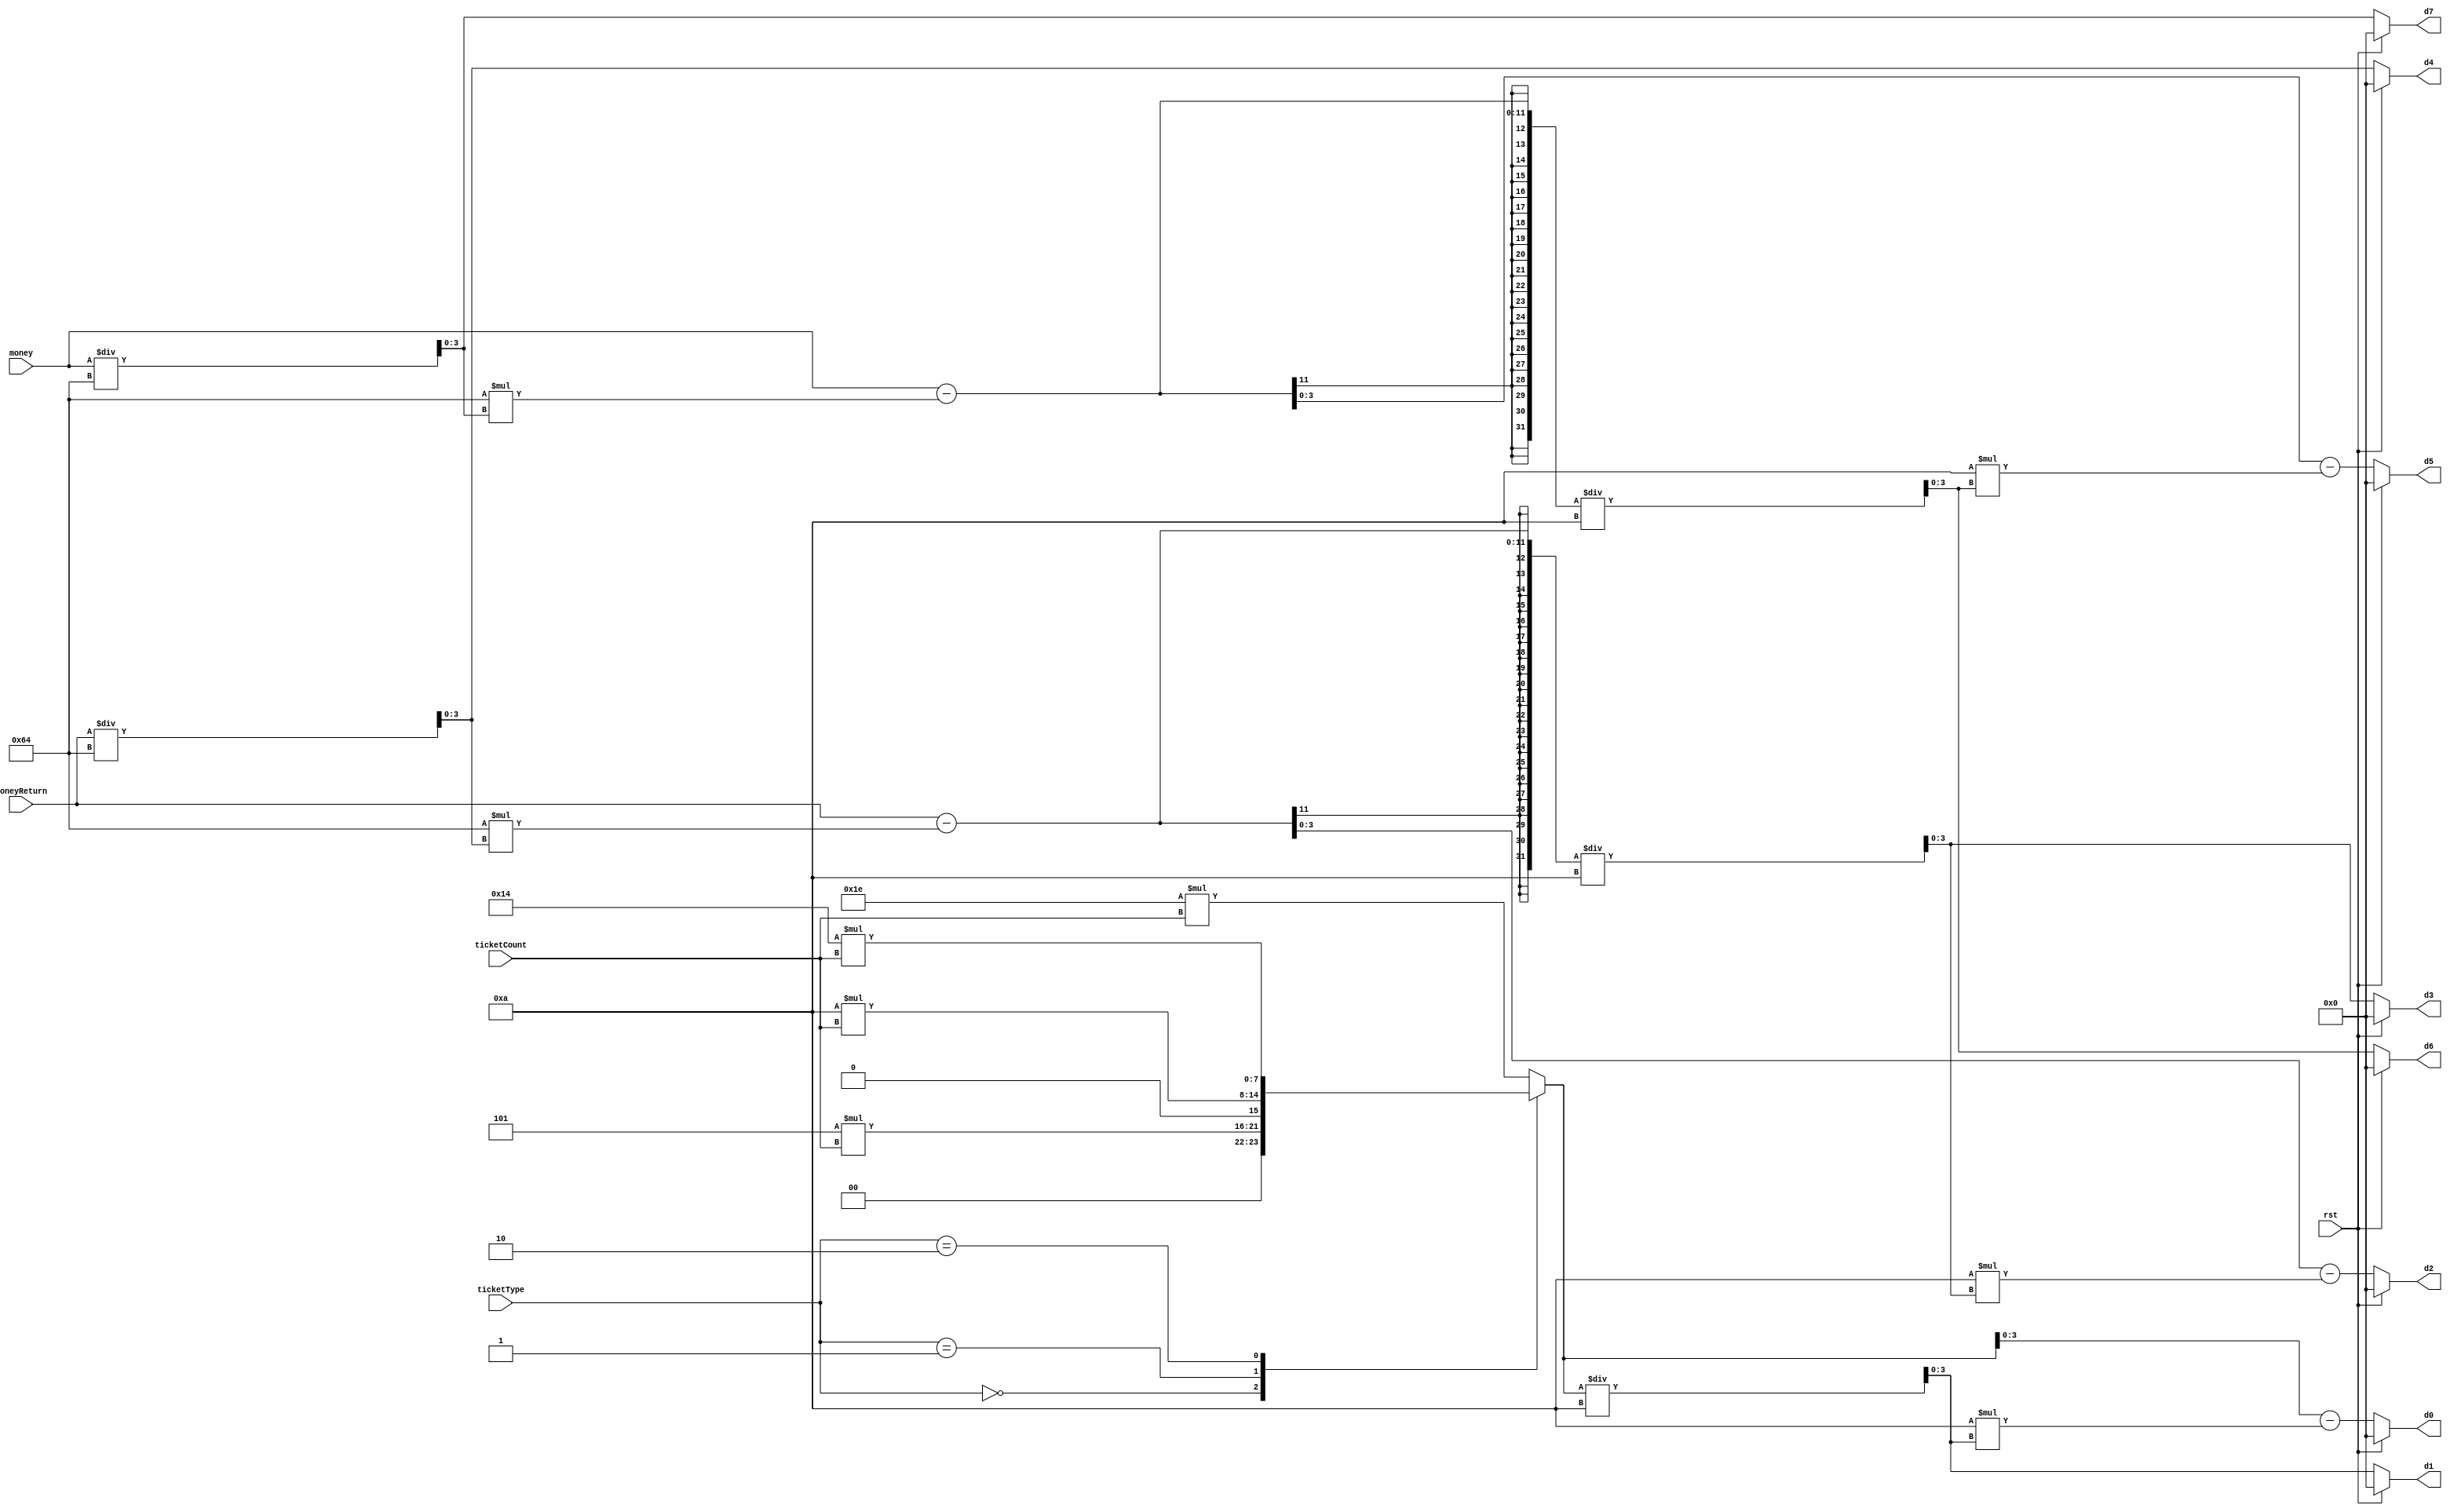
`timescale 1ns / 1ps
//////////////////////////////////////////////////////////////////////////////////
// Company: 
// Engineer: 
// 
// Design Name: 
// Module Name: money_scan
// Project Name: 
// Target Devices: 
// Tool Versions: 
// Description: 
// 
// Dependencies: 
// 
// Revision:
// Revision 0.01 - File Created
// Additional Comments:
// 
//////////////////////////////////////////////////////////////////////////////////


module money_scan(
    input [7:0] money,//
    input [2:0] ticketType,ticketCount,//    
    input [7:0] moneyReturn,// 
    input rst,
    output [3:0] d7,d6,d5,d4,d3,d2,d1,d0//
    );
    reg [3:0] dd7,dd6,dd5,dd4,dd3,dd2,dd1,dd0;
        
    reg [7:0] ticketSum;
    
    always@(*)
    begin
        case(ticketType)
            3'b000:begin
                ticketSum=5*ticketCount;
                end
            3'b001:begin
                ticketSum=10*ticketCount;
                end
            3'b010:begin
                ticketSum=20*ticketCount;
                end
            3'b011:begin
                ticketSum=30*ticketCount;
                end
            default:
                ticketSum=30*ticketCount;
        endcase
    end
    always@(*)
    begin
        if(rst==1)
        begin
        dd7=0;
        dd6=0;
        dd5=0;
        dd4=0;
        dd3=0;
        dd2=0;
        dd1=0;
        dd0=0;
        end
        else
        begin
        dd1=ticketSum/10;
        dd0=ticketSum-10*dd1;
            
        dd7=money/100;
        dd6=(money-100*dd7)/10;
        dd5=money-100*dd7-10*dd6;
        
        dd4=moneyReturn/100;
        dd3=(moneyReturn-100*dd4)/10;
        dd2=moneyReturn-100*dd4-10*dd3;
        end
    end
    
    assign d7=dd7;
    assign d6=dd6;
    assign d5=dd5;
    assign d4=dd4;
    assign d3=dd3;
    assign d2=dd2;
    assign d1=dd1;
    assign d0=dd0;
    
endmodule